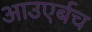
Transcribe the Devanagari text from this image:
आउएर्बच